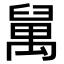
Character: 𥝇